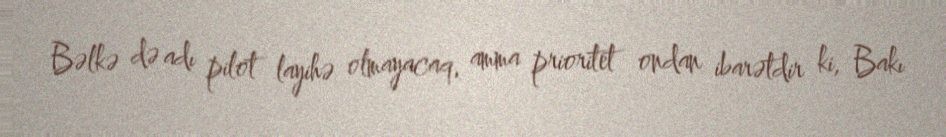
Bəlkə də adı pilot layihə olmayacaq, amma prioritet ondan ibarətdir ki, Bakı